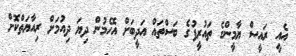
އެއީ ރައީސް ޔާމީންގެ ތައުރީފުގެ ބަސްތައް އަދީބަށް އޮހެމުން ދިޔަ ދިއުމަށް ރިއާޔަތްކޮށް